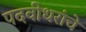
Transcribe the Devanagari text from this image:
पदवीधरांचे